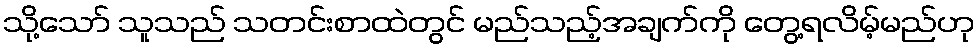
သို့သော် သူသည် သတင်းစာထဲတွင် မည်သည့်အချက်ကို တွေ့ရလိမ့်မည်ဟု